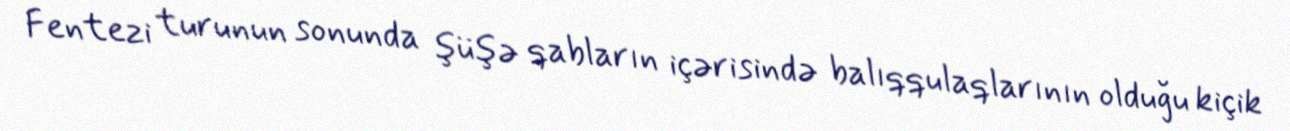
Fentezi turunun sonunda şüşə qabların içərisində balıqqulaqlarının olduğu kiçik